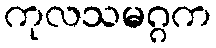
ကုလသမဂ္ဂက